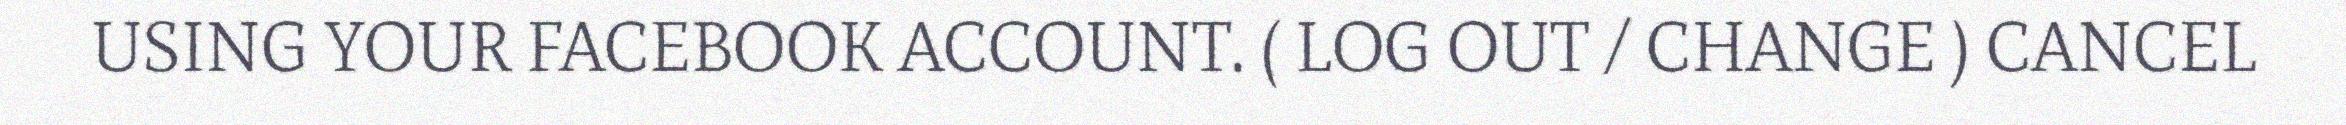
USING YOUR FACEBOOK ACCOUNT. ( LOG OUT / CHANGE ) CANCEL